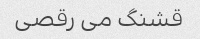
قشنگ می رقصی